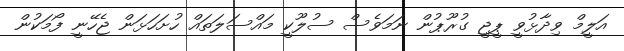
އަލީމް ވިދާޅުވީ ޕީޖީ ގުރޫޕުން ނަމަވެސް ސުލޫކީ މައްސަލަތައް ހުށަހަޅަން ޖެހޭނީ ފޯމަކުން